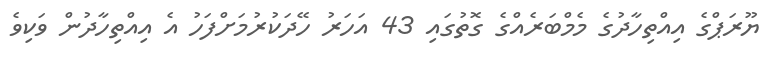
ޔޫރަޕްގެ އިއްތިހާދުގެ މެމްބަރެއްގެ ގޮތުގައި 43 އަހަރު ހޭދަކުރުމަށްފަހު އެ އިއްތިހާދުން ވަކިވެ